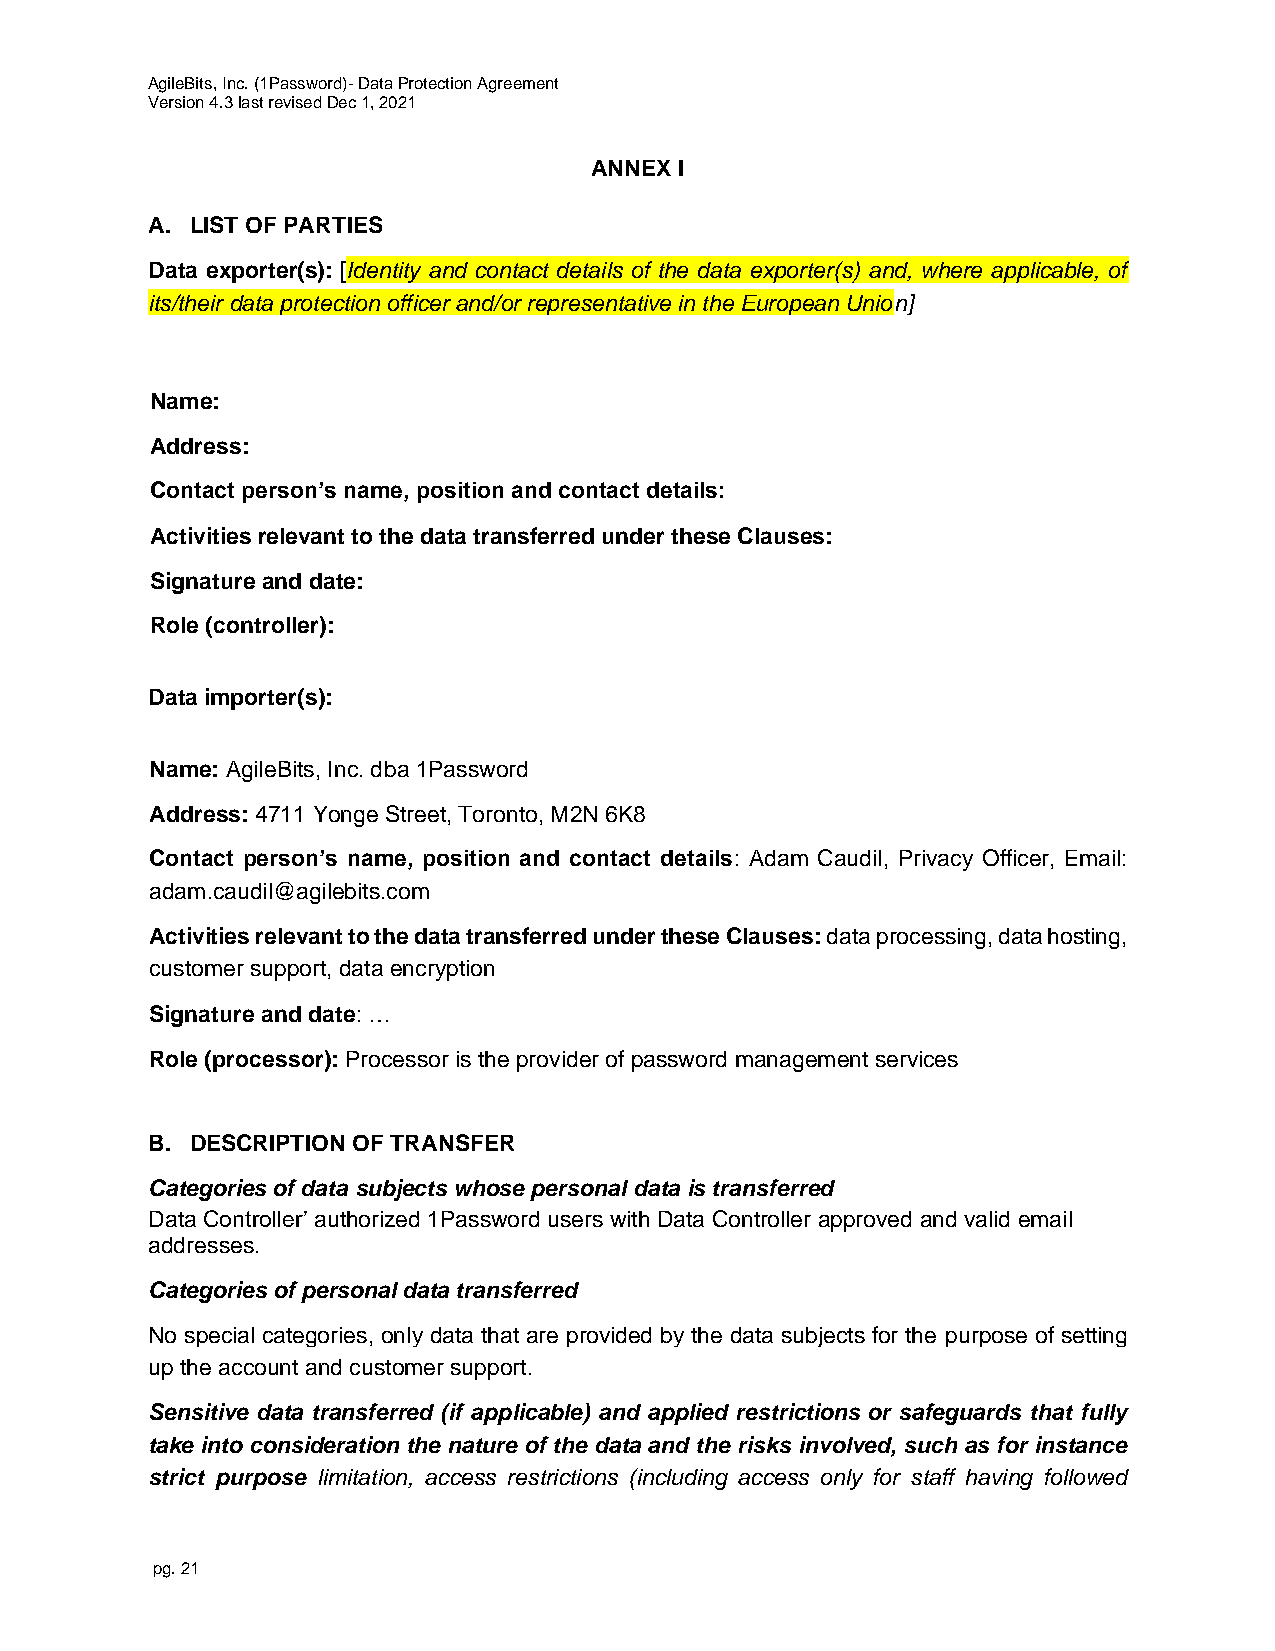
AgileBits, Inc. (1Password)- Data Protection Agreement
 Version 4.3 last revised Dec 1, 2021
 ANNEX I
 A. LIST OF PARTIES
 Data exporter(s): [Identity and contact details of the data exporter(s) and, where applicable, of
 its/their data protection officer and/or representative in the European Union]
 Name:
 Address:
 Contact person’s name, position and contact details:
 Activities relevant to the data transferred under these Clauses:
 Signature and date:
 Role (controller):
 Data importer(s):
 Name: AgileBits, Inc. dba 1Password
 Address: 4711 Yonge Street, Toronto, M2N 6K8
 Contact person’s name, position and contact details: Adam Caudil, Privacy Officer, Email:
 adam.caudil@agilebits.com
 Activities relevant to the data transferred under these Clauses: data processing, data hosting,
 customer support, data encryption
 Signature and date: …
 Role (processor): Processor is the provider of password management services
 B. DESCRIPTION OF TRANSFER
 Categories of data subjects whose personal data is transferred
 Data Controller’ authorized 1Password users with Data Controller approved and valid email
 addresses.
 Categories of personal data transferred
 No special categories, only data that are provided by the data subjects for the purpose of setting
 up the account and customer support.
 Sensitive data transferred (if applicable) and applied restrictions or safeguards that fully
 take into consideration the nature of the data and the risks involved, such as for instance
 strict purpose limitation, access restrictions (including access only for staff having followed
 pg. 21